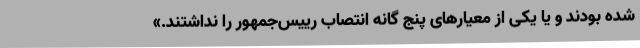
شده بودند و یا یکی از معیارهای پنج گانه انتصاب رییس‌جمهور را نداشتند.»